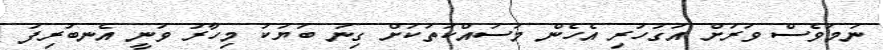
ނަމަވެސް ވަރަށް އަގުހުރި އެހެން މަސައްކަތަކަށް ގިނަ ބަޔަކު މިހާރު ވަނީ އެނބުރިފަ